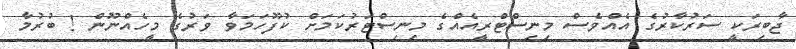
ޖާބިރަކީ ސަރުކާރުގެ އެއްވެސް މިނިސްޓްރީއެއްގެ މިނިސްޓަރުކަމަށް ކުފޫހަމަވާ ވަރުގެ މީހެއްނޫން ! ބުރުމާ